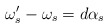
\begin{align*}\omega'_{s} - \omega_{s} = d\alpha_{s}\end{align*}